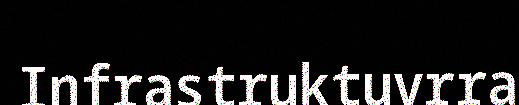
Infrastruktuvrra